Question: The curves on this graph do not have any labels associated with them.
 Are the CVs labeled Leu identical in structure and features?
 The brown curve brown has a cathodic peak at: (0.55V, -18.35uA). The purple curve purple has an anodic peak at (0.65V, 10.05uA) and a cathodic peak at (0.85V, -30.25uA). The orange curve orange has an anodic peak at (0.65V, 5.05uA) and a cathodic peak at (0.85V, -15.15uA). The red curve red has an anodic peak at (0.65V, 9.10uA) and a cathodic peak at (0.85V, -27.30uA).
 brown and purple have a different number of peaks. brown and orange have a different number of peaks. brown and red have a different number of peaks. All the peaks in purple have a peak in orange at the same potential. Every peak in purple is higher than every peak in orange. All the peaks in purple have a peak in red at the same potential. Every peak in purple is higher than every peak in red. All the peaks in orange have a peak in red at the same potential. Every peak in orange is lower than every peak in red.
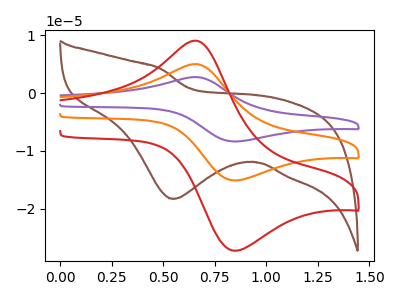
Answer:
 <answer>All the CV's of "Leu" have similar shape.</answer>
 <eval>follow_rule</eval>